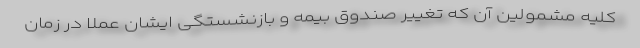
کلیه مشمولین آن که تغییر صندوق بیمه و بازنشستگی ایشان عملا در زمان